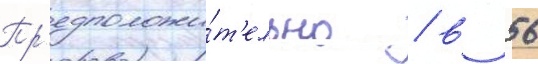
Пр'едположи́т'ельно / в 56